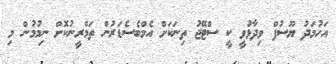
އަހުމަދު ޔޫސުފް ވިދާޅުވީ ކީ ސްޓޭޖު ތިނަކަށް އެމްބެސެޑަރުން ތަމްރީނުކޮށް ނިމުމުން މި